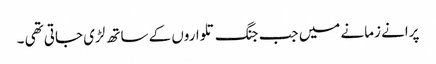
پرانے زمانے میں جب جنگ تلواروں کے ساتھ لڑی جاتی تھی ۔